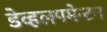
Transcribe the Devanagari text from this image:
डेव्हलपमेन्टन